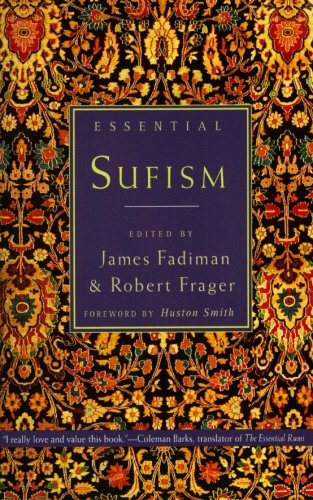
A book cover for Essential Sufism; Religion & Spirituality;